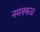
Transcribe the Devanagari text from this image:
नमक्कळ